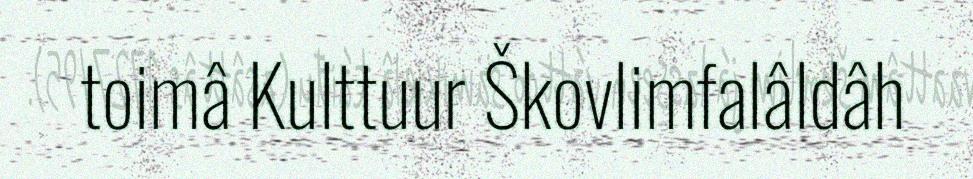
toimâ Kulttuur Škovlimfalâldâh